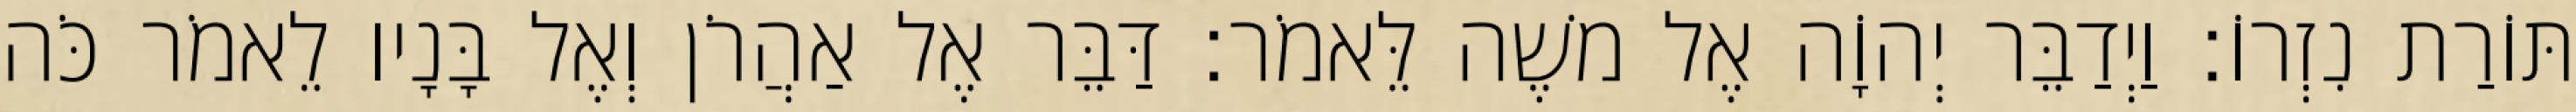
תּוֹרַת נִזְרוֹ׃ וַיְדַבֵּר יְהוָֹה אֶל משֶׁה לֵּאמֹר׃ דַּבֵּר אֶל אַהֲרֹן וְאֶל בָּנָיו לֵאמֹר כֹּה